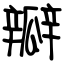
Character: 瓣